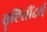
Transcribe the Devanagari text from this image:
सॄष्टिसौंदर्य